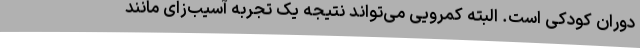
دوران کودکی است. البته کمرویی می‌تواند نتیجه یک تجربه آسیب‌زای مانند